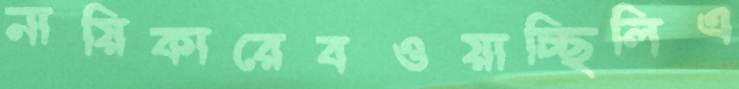
নায়িকারেবওয়াচ্ছিলিএ